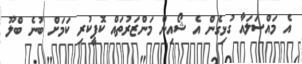
އެ މައްސަލައާ ގުޅިގެން އެ ޝޯއިން މަންޒަރުތައް ކޮޕީކުރި ކަމަށް ބުނެ ބްލޫ